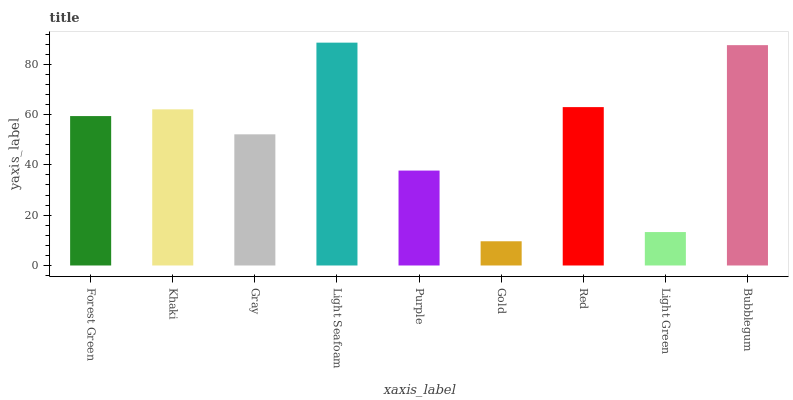
| xaxis_label | bars |
 | --- | --- |
 | Forest Green | 59.4 |
 | Khaki | 62.1 |
 | Gray | 52.1 |
 | Light Seafoam | 88.6 |
 | Purple | 37.7 |
 | Gold | 9.63 |
 | Red | 63 |
 | Light Green | 13.3 |
 | Bubblegum | 87.6 |